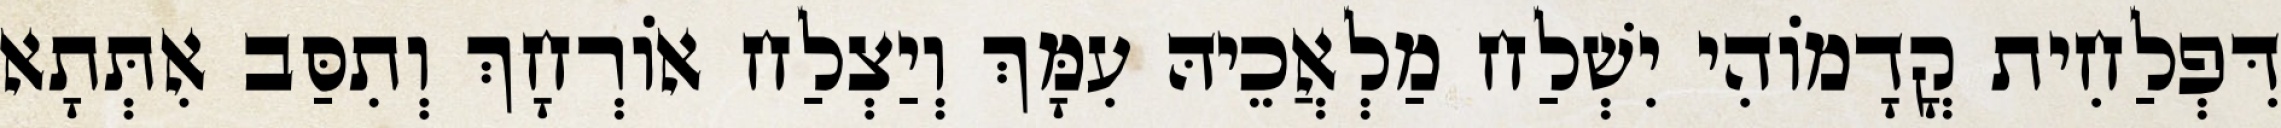
דִּפְלַחִית קֳדָמוֹהִי יִשְׁלַח מַלְאֲכֵיהּ עִמָּךְ וְיַצְלַח אוֹרְחָךְ וְתִסַּב אִתְּתָא